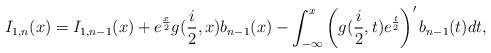
LaTeX: \begin{align*}I_{1,n}(x)=I_{1,n-1}(x)+e^{\frac{x}{2}}g(\frac{i}{2},x)b_{n-1}(x)-\int_{-\infty}^{x}\left( g(\frac{i}{2},t)e^{\frac{t}{2}}\right) ^{\prime}b_{n-1}(t)dt, \end{align*}